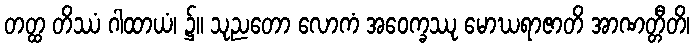
တတ္ထ တိဿံ ဂါထာယံ၊ ၌။ သုညတော လောကံ အဝေက္ခဿု မောဃရာဇာတိ အာဏတ္တီတိ၊